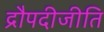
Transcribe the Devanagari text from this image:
द्रौपदीजीति